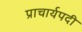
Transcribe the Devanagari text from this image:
प्राचार्यपदी